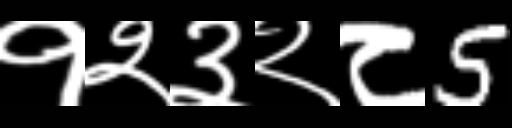
Text: १२३२८5